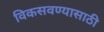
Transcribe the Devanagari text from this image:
विकसवण्यासाठी